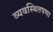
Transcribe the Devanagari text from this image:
व्यवस्थितपणा